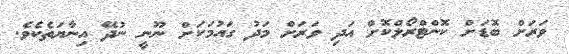
ވަރަށް ބޮޑަށް ކޮންޓްރޯލްކޮށް އަދި ވަރަށް މަދު ގައުމަކަށް ނޫނީ ނުދޭ އިނާޔަތެކެވެ.